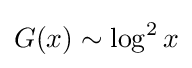
G(x)\sim \log ^{2}x